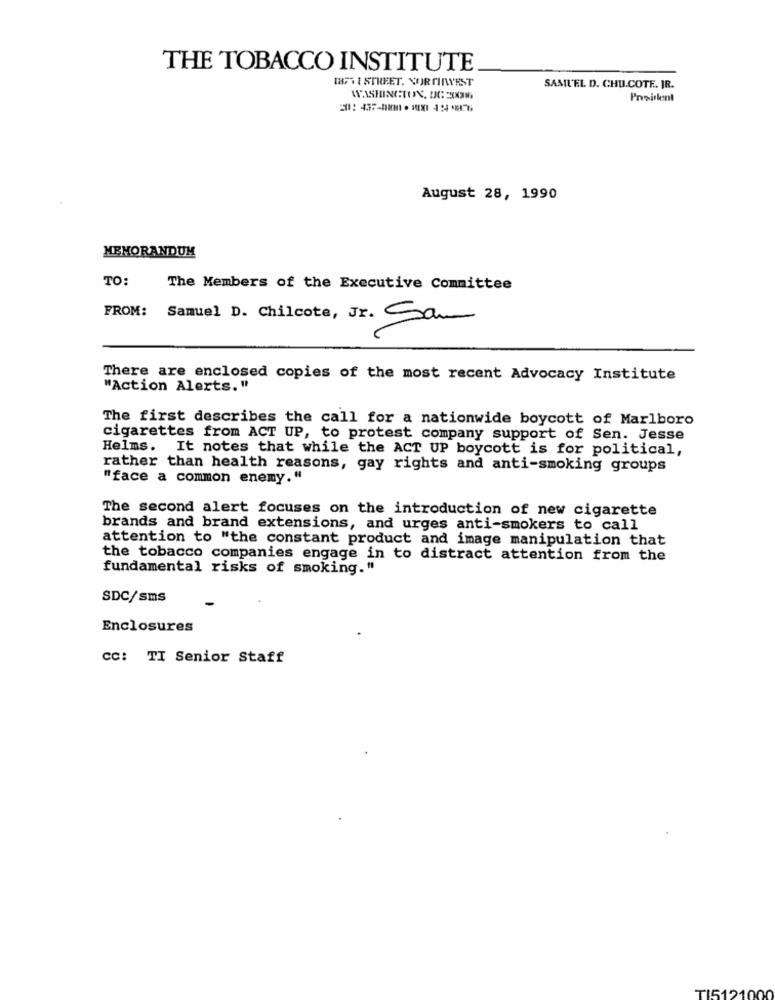
THE TOBACCO INSTITUTE
187 11 STREET. VORTINVEST
SAML'EL D. CHU.COTE. JR.
Preislent
August 28, 1990
MEMORANDUM
TO:
The Members of the Executive Committee
FROM: Samuel D. Chilcote, Jr. Sam
V
There are enclosed copies of the most recent Advocacy Institute
"Action Alerts. "
The first describes the call for a nationwide boycott of Marlboro
cigarettes from ACT UP, to protest company support of Sen. Jesse
Helms. It notes that while the ACT UP boycott is for political,
rather than health reasons, gay rights and anti-smoking groups
"face a common enemy."
The second alert focuses on the introduction of new cigarette
brands and brand extensions, and urges anti-smokers to call
attention to "the constant product and image manipulation that
the tobacco companies engage in to distract attention from the
fundamental risks of smoking."
SDC/sms
Enclosures
CC: TI Senior Staff
TI5121000